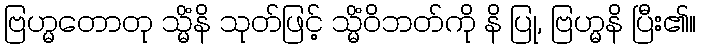
ဗြဟ္မတောတု သ္မိံနိ သုတ်ဖြင့် သ္မိံဝိဘတ်ကို နိ ပြု, ဗြဟ္မနိ ပြီး၏။